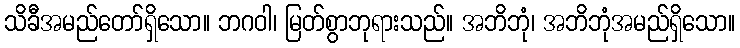
သိခီအမည်တော်ရှိသော။ ဘဂဝါ၊ မြတ်စွာဘုရားသည်။ အဘိဘုံ၊ အဘိဘုံအမည်ရှိသော။